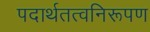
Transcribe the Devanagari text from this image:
पदार्थतत्वनिरूपण